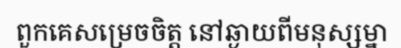
ពួកគេសម្រេចចិត្ត នៅឆ្ងាយពីមនុស្សម្នា